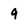
Character: 9